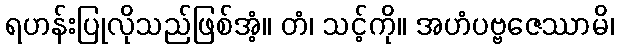
ရဟန်းပြုလိုသည်ဖြစ်အံ့။ တံ၊ သင့်ကို။ အဟံပဗ္ဗဇေဿာမိ၊